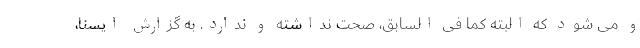
و می شود که البته کما فی السابق، صحت نداشته و ندارد. به گزارش ایسنا،